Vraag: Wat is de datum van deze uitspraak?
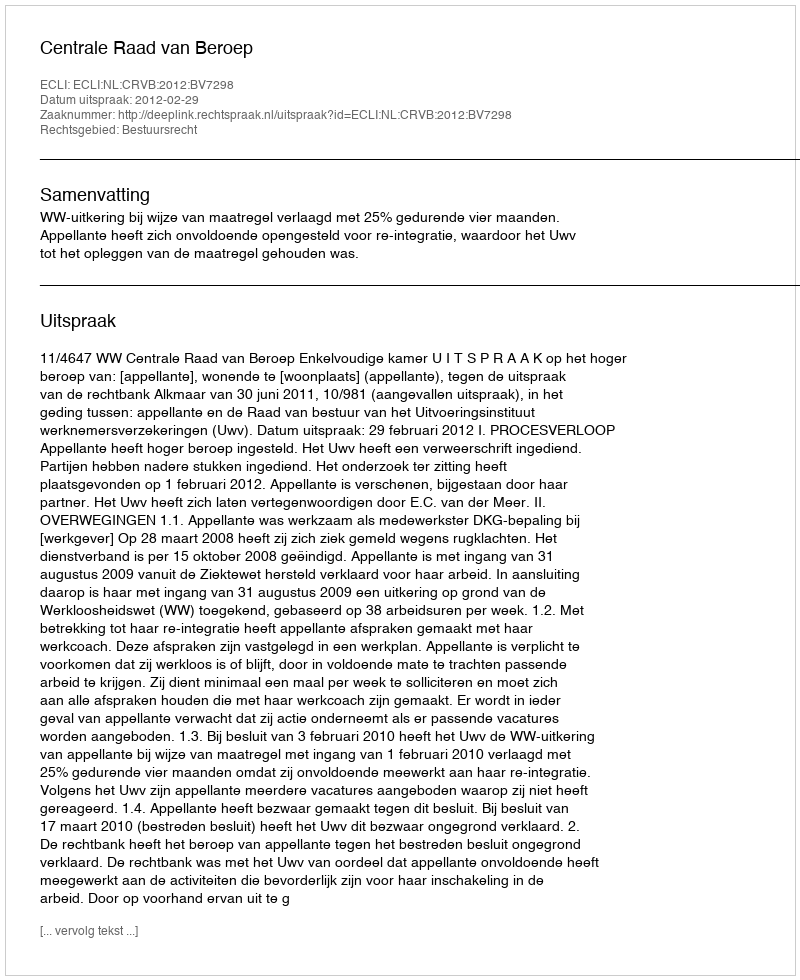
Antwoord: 2012-02-29